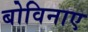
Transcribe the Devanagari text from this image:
बोविनाए